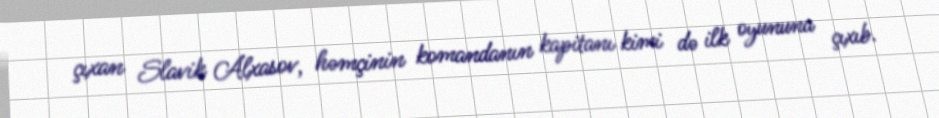
çıxan Slavik Alxasov, həmçinin komandanın kapitanı kimi də ilk oyununa çıxıb.